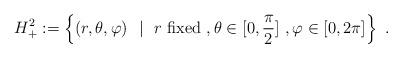
LaTeX: \begin{align*}H^2_+ := \left\{ (r,\theta,\varphi)\ \ | \ \ r \ {\rm fixed} \ , \theta \in [0,\frac{\pi}{2}] \ , \varphi \in [0,2\pi] \right\}\ .\end{align*}